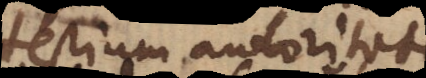
testium autoritat